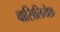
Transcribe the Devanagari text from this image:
वासिलियेफ़